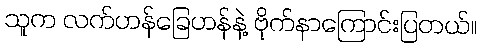
သူက လက်ဟန်ခြေဟန်နဲ့ ဗိုက်နာကြောင်းပြတယ်။